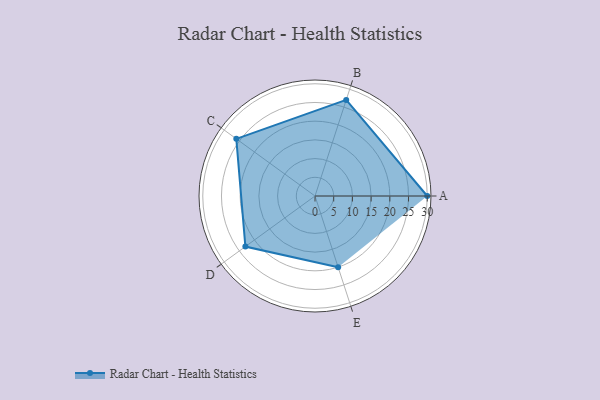
{"axis": {"x": "Skill", "y": "Score"}, "legend": ["Profile"], "data": [{"x": "A", "y": 30.0, "type": "Profile"}, {"x": "B", "y": 27.0, "type": "Profile"}, {"x": "C", "y": 26.0, "type": "Profile"}, {"x": "D", "y": 23.0, "type": "Profile"}, {"x": "E", "y": 20.0, "type": "Profile"}]}